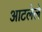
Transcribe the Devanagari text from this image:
आटलेले